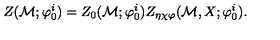
Z ( { \cal M } ; { \varphi } _ { 0 } ^ { i } ) = Z _ { 0 } ( { \cal M } ; { \varphi } _ { 0 } ^ { i } ) Z _ { \eta \chi \varphi } ( { \cal M } , X ; { \varphi } _ { 0 } ^ { i } ) .